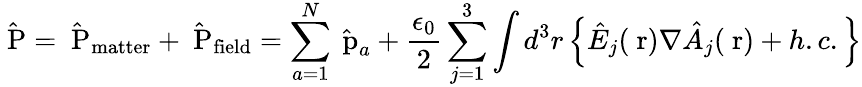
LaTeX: \hat{\mathrm{\mathbf~P}}=\hat{\mathrm{\mathbf~P}}_{\mathrm{matter}}+\hat{\mathrm{\mathbf~P}}_{\mathrm{field}}=\sum_{a=1}^{N}\hat{\mathrm{\mathbf~p}}_{a}+\frac{\epsilon_{0}}{2}\sum_{j=1}^{3}\int d^{3}r\left\{ \hat{E}_{j}(\mathrm{\mathbf~r})\nabla\hat{A}_{j}(\mathrm{\mathbf~r})+h.c.\right\}